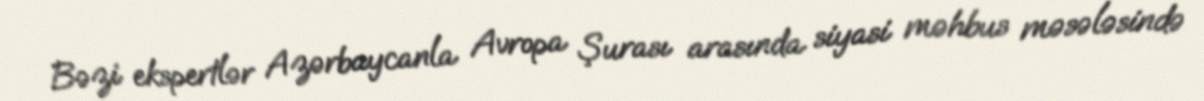
Bəzi ekspertlər Azərbaycanla Avropa Şurası arasında siyasi məhbus məsələsində